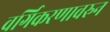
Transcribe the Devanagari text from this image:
वर्गिकरणावरुन